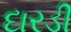
દારડી